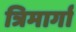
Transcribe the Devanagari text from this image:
त्रिमार्गा